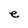
Character: e